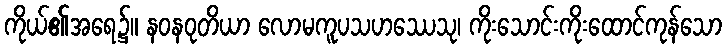
ကိုယ်၏အရေ၌။ နဝနဝုတိယာ လောမကူပသဟဿေသု၊ ကိုးသောင်းကိုးထောင်ကုန်သော